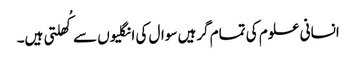
انسانی علوم کی تمام گرہیں سوال کی انگلیوں سے کُھلتی ہیں۔